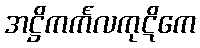
အဋ္ဌိကင်္ကလကုဋိကေ